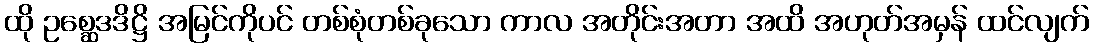
ထို ဥစ္ဆေဒဒိဋ္ဌိ အမြင်ကိုပင် တစ်စုံတစ်ခုသော ကာလ အတိုင်းအတာ အထိ အဟုတ်အမှန် ထင်လျက်